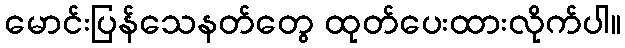
မောင်းပြန်သေနတ်တွေ ထုတ်ပေးထားလိုက်ပါ။